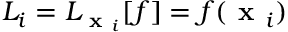
L _ { i } = L _ { \textbf { x } _ { i } } [ f ] = f ( \textbf { x } _ { i } )